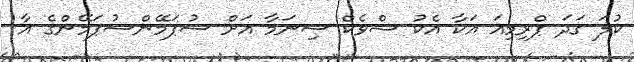
ކުލަ ގަދަ ޕްރިމިއަ އަކާ އެކު ޝްވެކް ސިނަމާ އަށް ސުޕަމޭންސުޕަމޭންގެ އާ